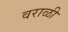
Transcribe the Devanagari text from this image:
वराळी